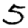
Digit: 5